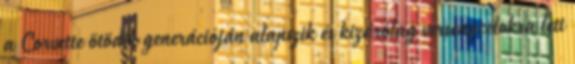
a Corvette ötödik generációján alapszik és kizárólag versenycélokra lett